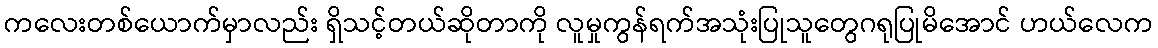
ကလေးတစ်ယောက်မှာလည်း ရှိသင့်တယ်ဆိုတာကို လူမှုကွန်ရက်အသုံးပြုသူတွေဂရုပြုမိအောင် ဟယ်လေက